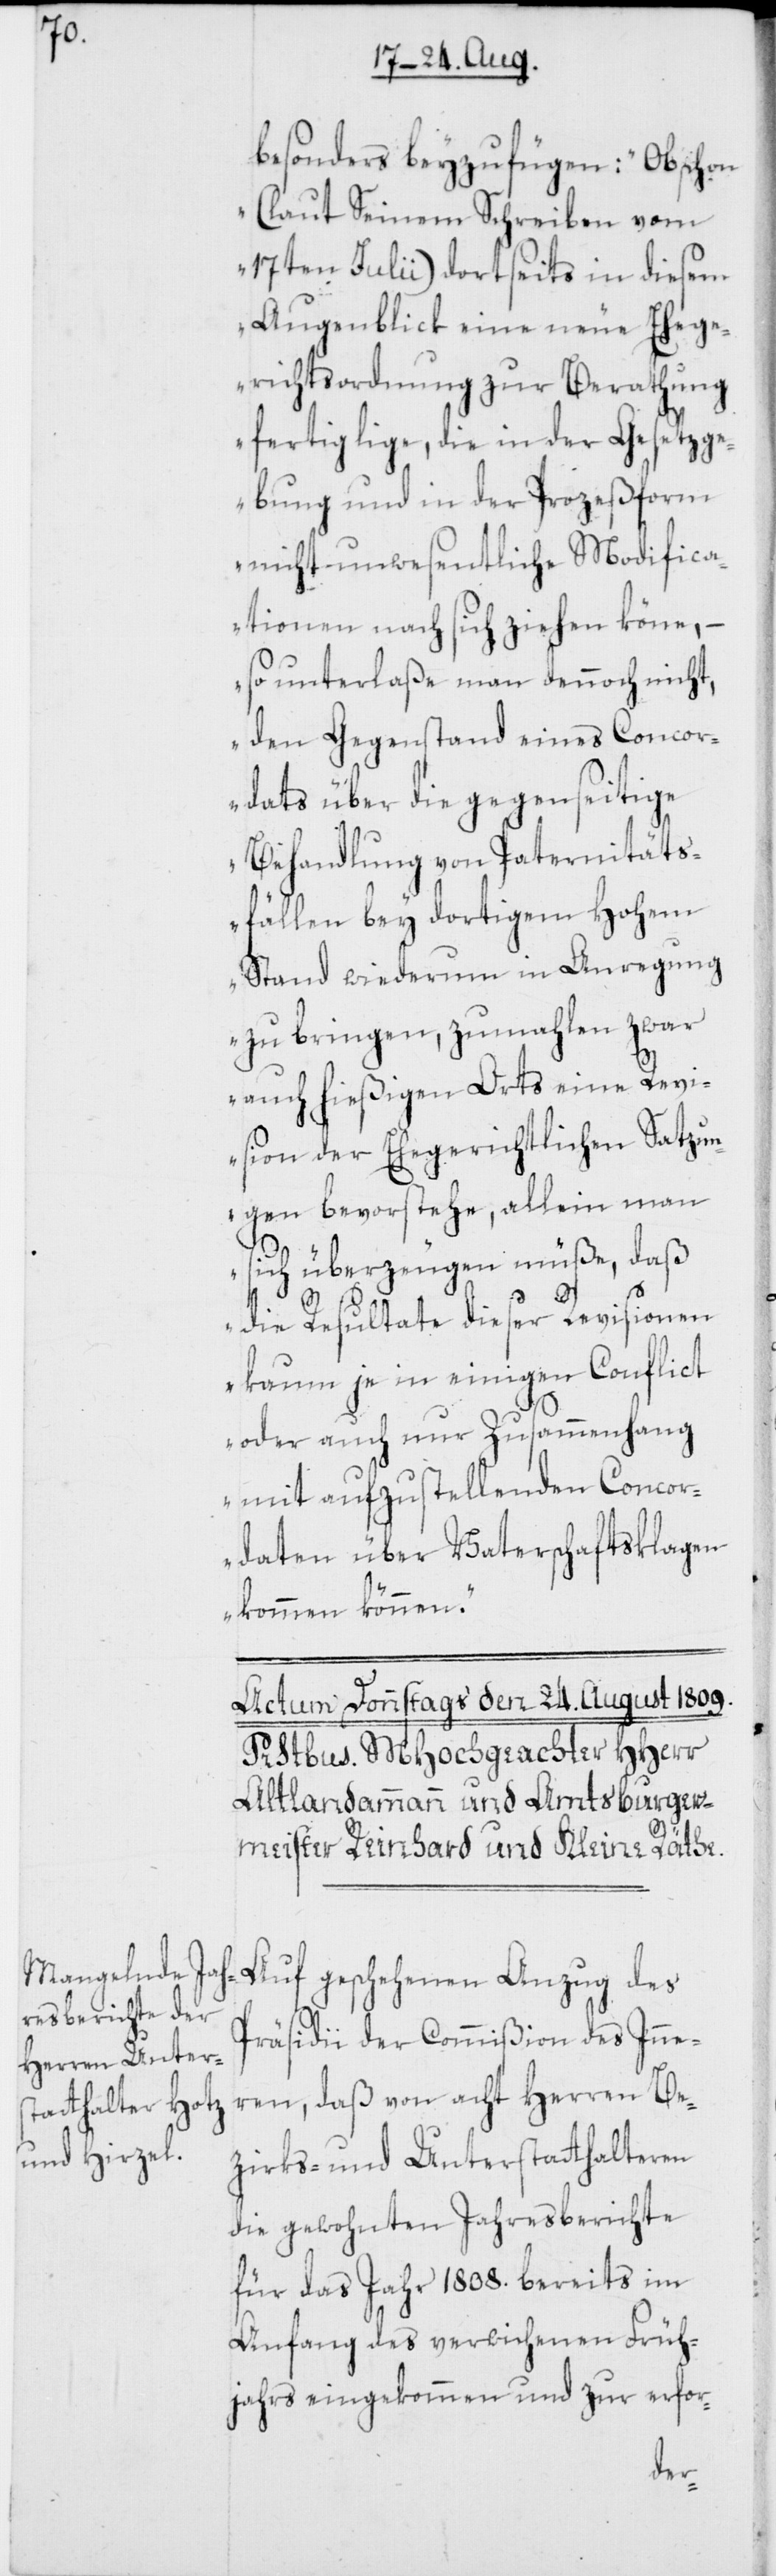
besonders beyzufügen: „Obschon
(laut Seinem Schreiben vom
17ten Julii) dortseits in diesem
Augenblick eine neue Ehege¬
richtsordnung zur Berathung
fertig lige, die in der Gesetzg¬
ebung und in der Prozeßform
nicht unwesentliche Modifica¬
tionen nach sich ziehen könne, –
so unterlaße man dennoch nicht,
den Gegenstand eines Concor¬
dats über die gegenseitige
Behandlung von Paternitäts¬
fällen bey dortigem Hohem
Stand wiederum in Anregung
zu bringen, zumahlen zwar
auch hießigen Orts eine Revi¬
sion der Ehegerichtlichen Satzun¬
gen bevorstehe, allein man
sich überzeugen müße, daß
die Resultate dieser Revisionen
kaum je in einigen Conflict
oder auch nur Zusammenhang
mit aufzustellenden Concor¬
daten über Vaterschaftsklagen
kommen können.“
Auf geschehenen Anzug des
Präsidii der Commißion des Inne¬
ren, daß von acht Herren Be¬
zirks- und Unterstatthalteren
die gewohnten Jahresberichte
für das Jahr 1808. bereits im
Anfang des verwichenen Früh¬
jahrs eingekommen und zur erfor-